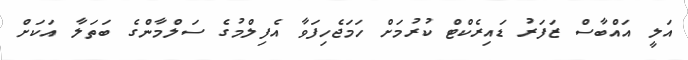
އަލީ އައްބާސް ޒަފަރު ޑައިރެކްޓް ކުރުމަށް ހަމަޖެހިފަވާ އެފިލްމުގެ ސަލްމާންގެ ބަތަލާ އަކަށް